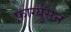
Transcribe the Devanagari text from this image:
फार्ग्युसन